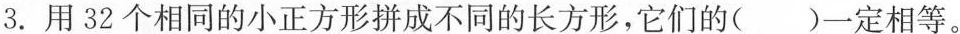
3.用32个相同的小正方形拼成不同的长方形，它们的()定相等。